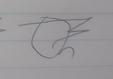
Signature authenticity: forged